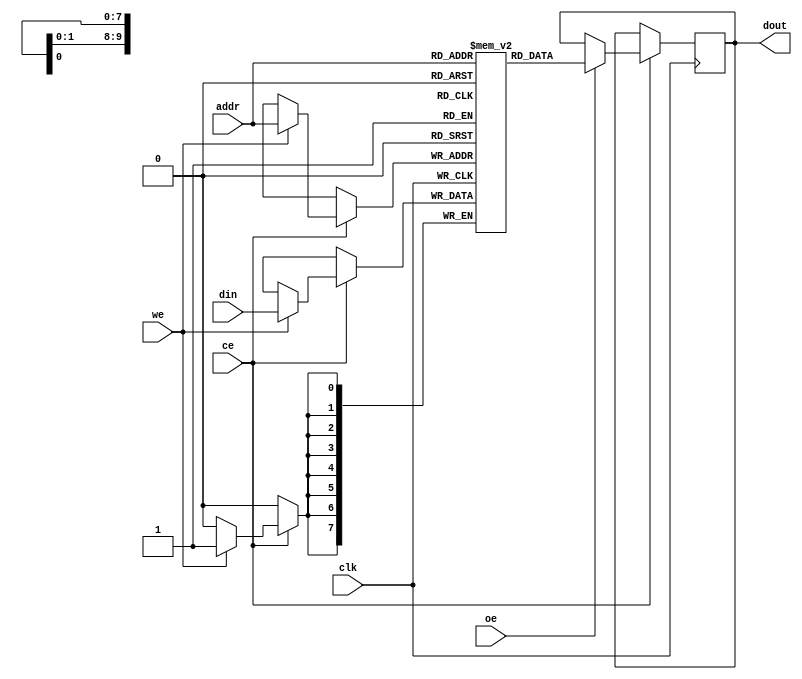
module low_power_sram #(
    parameter ADDR_WIDTH = 10, // Address width (for 1K, 4K, 16K bits)
    parameter DATA_WIDTH = 8,   // Data width (8 bits)
    parameter MEM_SIZE = 1 << ADDR_WIDTH // Memory size
)(
    input wire clk,               // Clock signal
    input wire ce,                // Chip Enable
    input wire we,                // Write Enable
    input wire oe,                // Output Enable
    input wire [ADDR_WIDTH-1:0] addr, // Address input
    input wire [DATA_WIDTH-1:0] din,  // Data input
    output reg [DATA_WIDTH-1:0] dout  // Data output
);

    // Memory array declaration
    reg [DATA_WIDTH-1:0] memory [0:MEM_SIZE-1];

    // Read/Write Operations
    always @(posedge clk) begin
        if (ce) begin
            if (we) begin
                // Write operation
                memory[addr] <= din;
            end
            if (oe) begin
                // Read operation
                dout <= memory[addr];
            end
        end
    end

    // Optional: Power Management (not implemented in this basic example)
    // Implement techniques such as clock gating and sleep modes here

endmodule